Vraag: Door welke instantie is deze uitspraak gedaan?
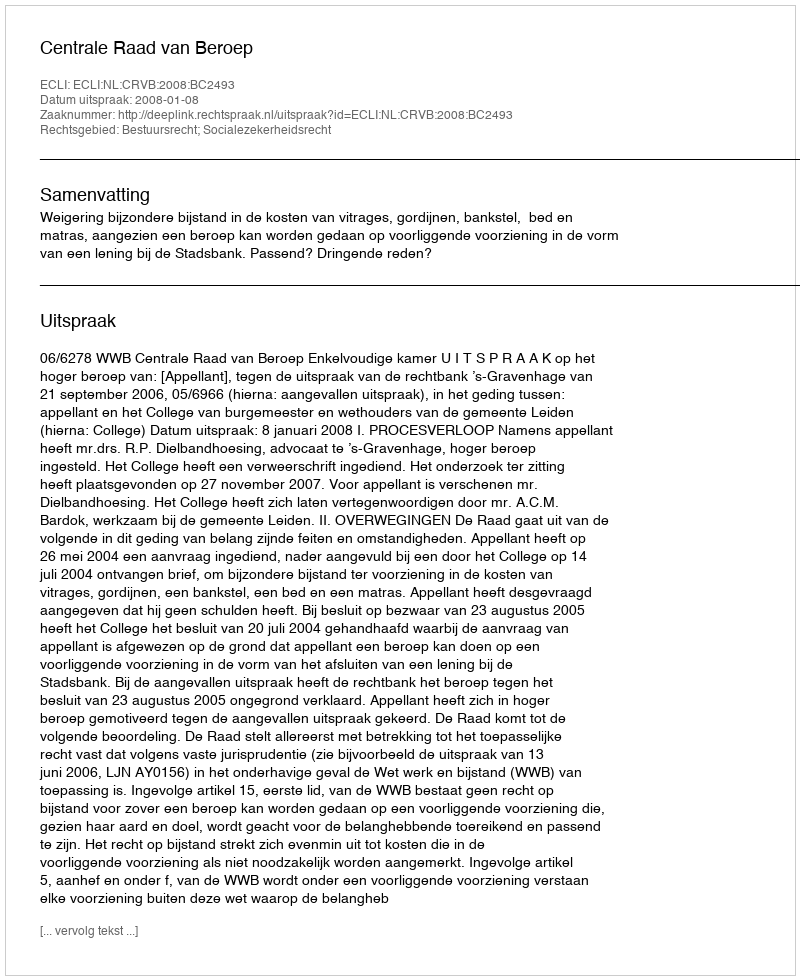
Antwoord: Centrale Raad van Beroep